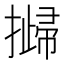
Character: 𢵴